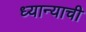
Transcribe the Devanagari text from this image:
ध्यान्याची